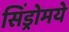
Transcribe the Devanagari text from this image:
सिंड्रोमये